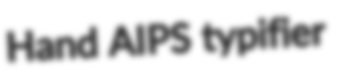
Hand AIPS typifier